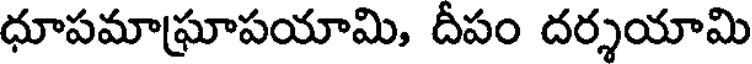
ధూపమాఘ్రాపయామి, దీపం దర్శయామి